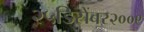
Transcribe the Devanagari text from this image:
२५डिसेंबर२००९